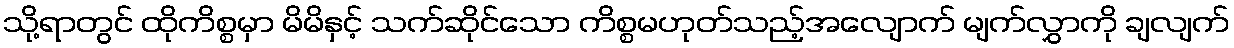
သို့ရာတွင် ထိုကိစ္စမှာ မိမိနှင့် သက်ဆိုင်သော ကိစ္စမဟုတ်သည့်အလျောက် မျက်လွှာကို ချလျက်